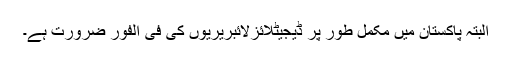
البتہ پاکستان میں مکمل طور پر ڈیجیٹلائزلائبریریوں کی فی الفور ضرورت ہے۔